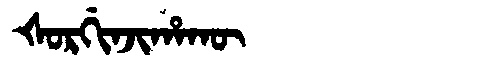
Manchu: ᡧᠣᡵᡤᡳᠨᠵᡳᡥᠠᡴᡡ
Romanization: ŠORGINJIHAKŪ